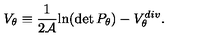
V _ { \theta } \equiv { \frac { 1 } { 2 { \cal A } } } { \ln } ( \det P _ { \theta } ) - V _ { \theta } ^ { d i v } .